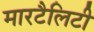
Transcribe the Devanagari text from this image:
मारटैलिटी